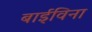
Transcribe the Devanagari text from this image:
बाईविना